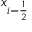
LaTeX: x _ { i - { \frac { 1 } { 2 } } }